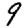
Digit: 9